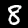
Label: 8